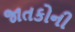
જાતકોની